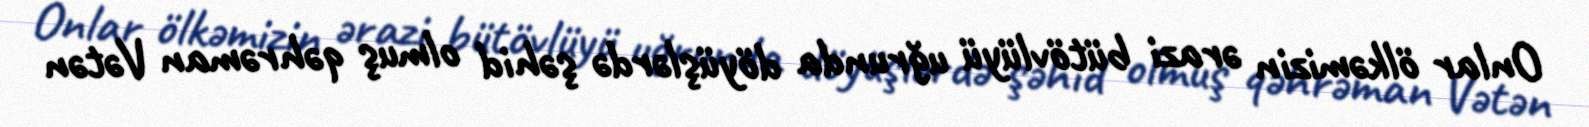
Onlar ölkəmizin ərazi bütövlüyü uğrunda döyüşlərdə şəhid olmuş qəhrəman Vətən